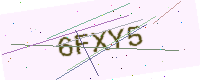
Text: 6FXY5